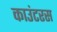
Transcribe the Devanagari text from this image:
काउंटरस